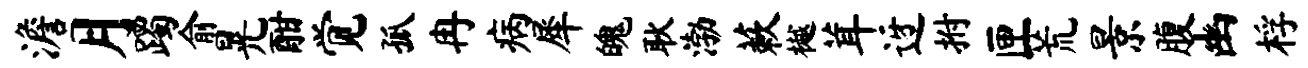
澹月躅俞晃酣觉孤冉病犀魄耿渤蔌樾茸迓拊匣荒景腹幽桴